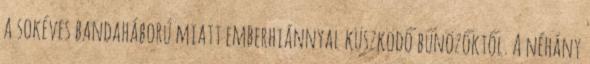
a sokéves bandaháború miatt emberhiánnyal küszködő bűnözőktől. A néhány